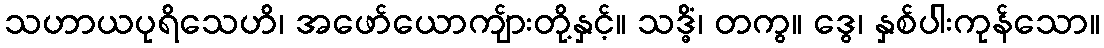
သဟာယပုရိသေဟိ၊ အဖော်ယောကျ်ားတို့နှင့်။ သဒ္ဓိံ၊ တကွ။ ဒွေ၊ နှစ်ပါးကုန်သော။